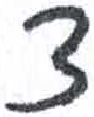
אות: צ